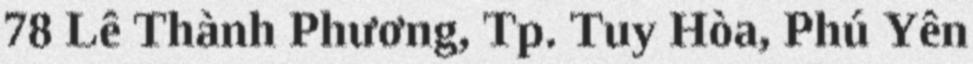
78 Lê Thành Phương, Tp. Tuy Hòa, Phú Yên